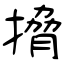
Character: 搚